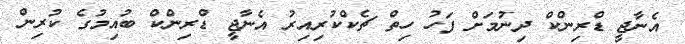
އެނާޖީ ޑްރިންކް ދިނުމަށް ފަހު ހިތް ޗެކްކުރިއިރު އެނާޖީ ޑްރިންކް ބުއިމުގެ ކުރިން